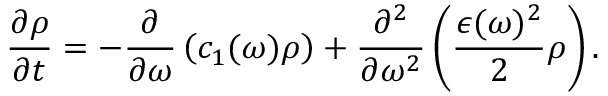
\frac { \partial \rho } { \partial t } = - \frac { \partial } { \partial \omega } \left( c _ { 1 } ( \omega ) \rho \right) + \frac { \partial ^ { 2 } } { \partial \omega ^ { 2 } } \left( \frac { \epsilon ( \omega ) ^ { 2 } } { 2 } \rho \right) .